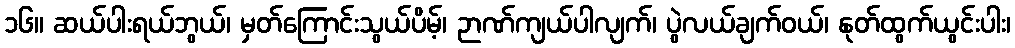
၁၆။ ဆယ်ပါးရယ်ဘွယ်၊ မှတ်ကြောင်းသွယ်ပိမ့်၊ ဉာဏ်ကျယ်ပါလျက်၊ ပွဲလယ်ချက်ဝယ်၊ နုတ်ထွက်ယွင်းပါး၊